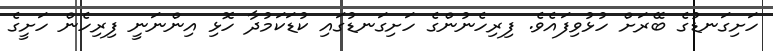
ހަށިގަނޑުގެ ބޭރަށް ހުޅުވިފައެވެ. ފިރިހެނުންގެ ހަށިގަނޑުގައި ކުޑަކަމުދާ ހޮޅި އިންނަނީ ފިރިހެން ހަށީގެ